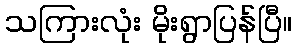
သကြားလုံး မိုးရွာပြန်ပြီ။